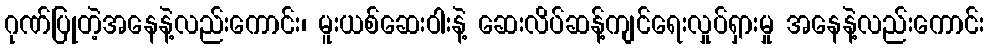
ဂုဏ်ပြုတဲ့အနေနဲ့လည်းကောင်း၊ မူးယစ်ဆေးဝါးနဲ့ ဆေးလိပ်ဆန့်ကျင်ရေးလှုပ်ရှားမှု အနေနဲ့လည်းကောင်း